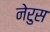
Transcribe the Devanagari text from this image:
नेरुस